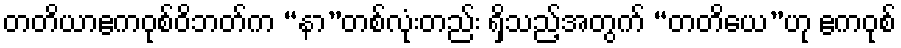
တတိယာဧကဝုစ်ဝိဘတ်က “နာ”တစ်လုံးတည်း ရှိသည့်အတွက် “တတိယေ”ဟု ဧကဝုစ်